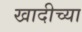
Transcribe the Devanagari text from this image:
खादीच्या